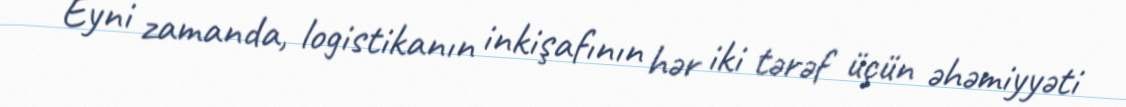
Eyni zamanda, logistikanın inkişafının hər iki tərəf üçün əhəmiyyəti